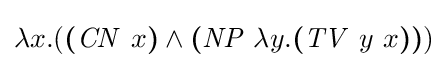
\lambda x.({\boldsymbol {(}}{\mathit {CN}}\ x{\boldsymbol {)}}\wedge {\boldsymbol {(}}{\mathit {NP}}\ \lambda y.{\boldsymbol {(}}{\mathit {TV}}\ y\ x{\boldsymbol {)}}{\boldsymbol {)}})